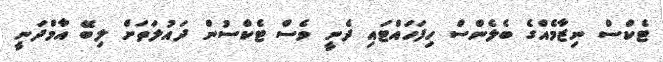
ޓެކްސް ނިޒާމެއްގެ ބެލެންސް ހިފަހައްޓައި ދެނީ ވެސް ޓެކްސުން ދައުލަތަށް ލިބޭ އާމްދަނީ